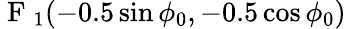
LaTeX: \displaystyle\mathrm{~F~}_{1}(-0.5\sin\phi_{0},-0.5\cos\phi_{0})